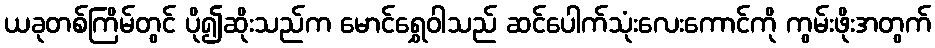
ယခုတစ်ကြိမ်တွင် ပို၍ဆိုးသည်က မောင်ရွှေဝါသည် ဆင်ပေါက်သုံးလေးကောင်ကို ကွမ်းဖိုးအတွက်